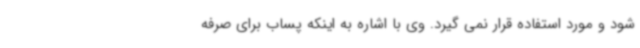
شود و مورد استفاده قرار نمی گیرد. وی با اشاره به اینکه پساب برای صرفه